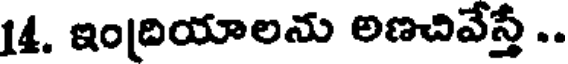
14. ఇంద్రియాలను అణచివేస్తే ..